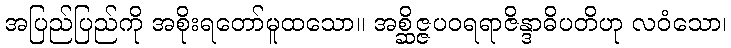
အပြည်ပြည်ကို အစိုးရတော်မူထသော။ အစ္ဆိဇ္ဇပဝရရာဇိန္ဒာဓိပတိဟု လဝံသော၊